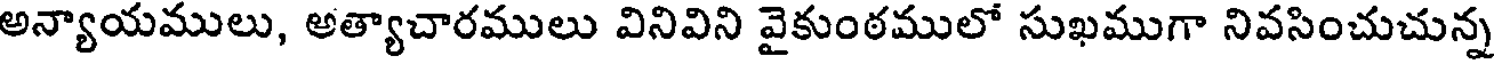
అన్యాయములు, అత్యాచారములు వినివిని వైకుంఠములో సుఖముగా నివసించుచున్న